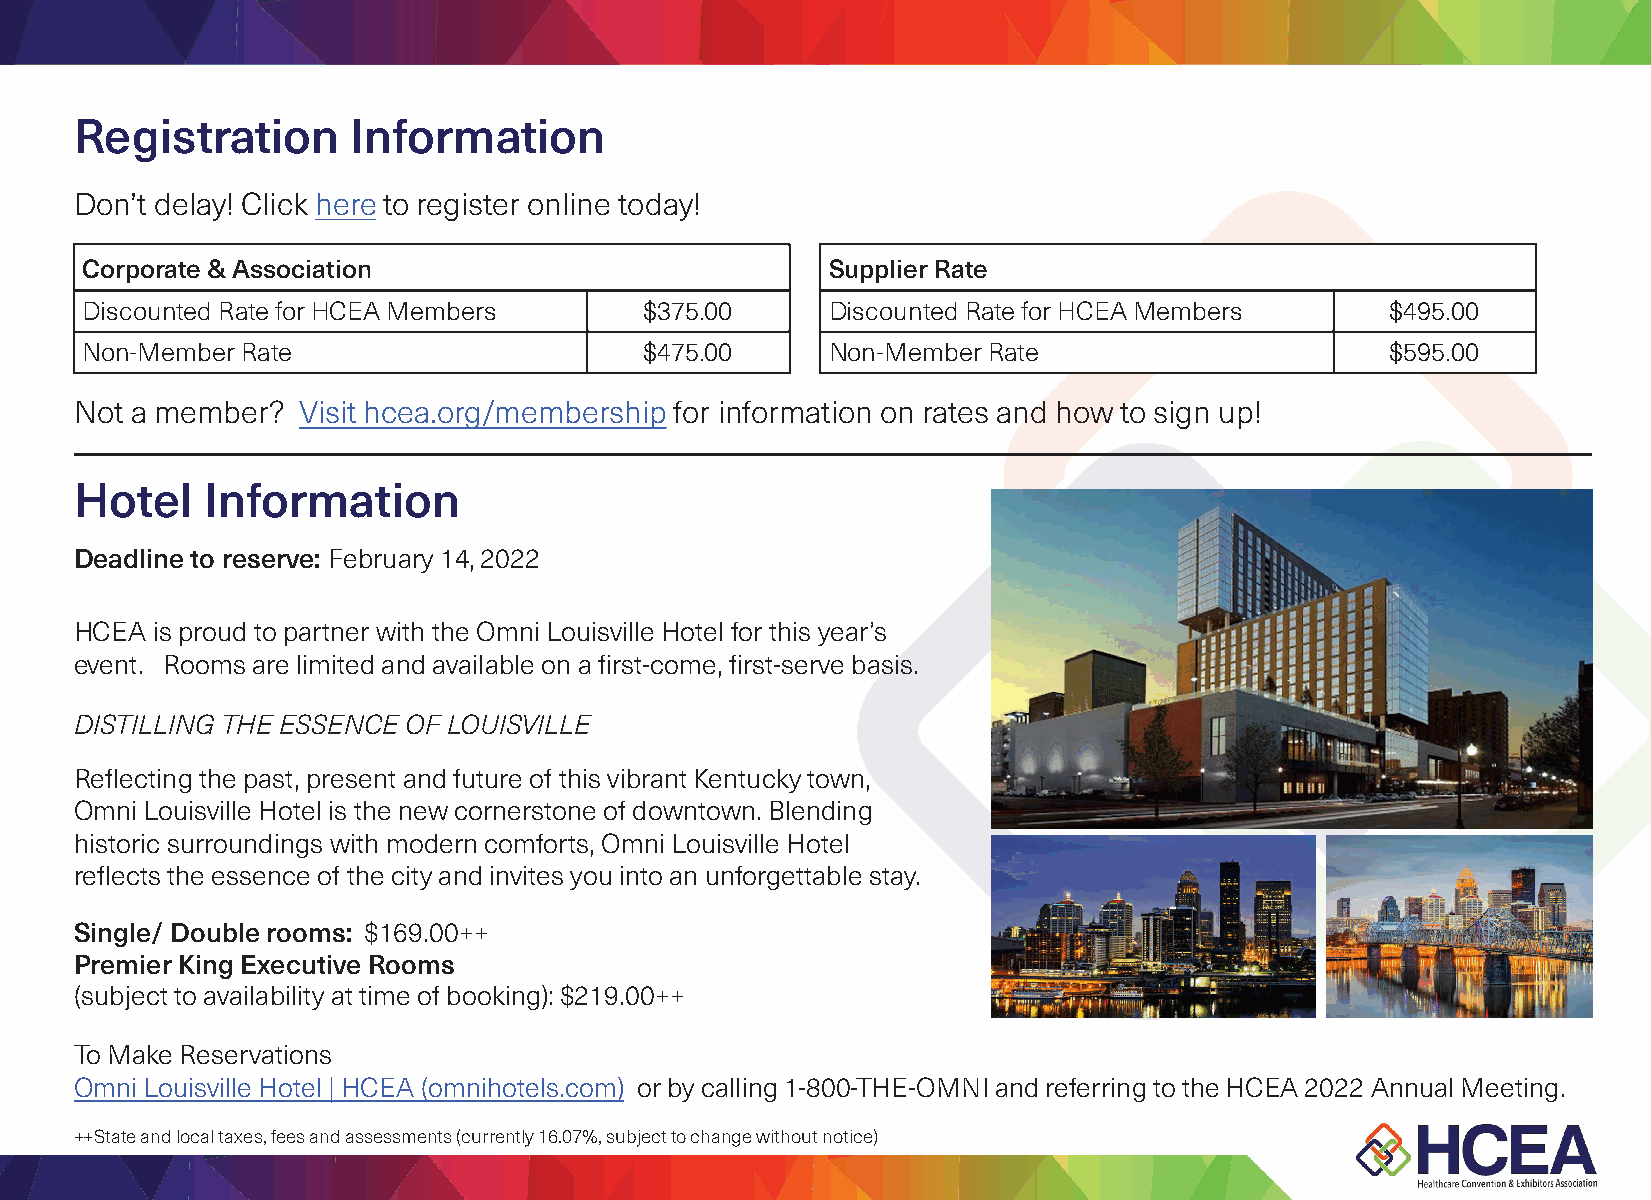
Join us at the Omni Louisville Hotel in Louisville, KY from Wednesday, January 26 through
 Friday, January 28, 2022, to reconnect in-person as HCEA continues our focus on growing
 stronger -and smarter- together.
 HCEA  is proud to be the only organization of its kind focused exclusively on the needs of the
 healthcare convention manager, the associations they partner with and the ecosystem of
 suppliers who support them. Whether you are looking to build credibility, visibility or a more
 efficient means of building professional relationships, this will be the can’t miss event of the
 year. Register today and see how HCEA is reinventing itself, and you, for the next normal.
 Registration      Information
 Don’t delay! Click here to register online today!
 Corporate & Association                           Supplier Rate
 Discounted Rate for HCEA Members      $375.00     Discounted Rate for HCEA Members     $495.00
 Non-Member Rate                       $475.00     Non-Member Rate                      $595.00
 Not a member?  Visit hcea.org/membership for information on rates and how to sign up!
 Hotel   Information
 Deadline to reserve: February 14, 2022
 HCEA is proud to partner with the Omni Louisville Hotel for this year’s
 event. Rooms are limited and available on a first-come, first-serve basis.
 DISTILLING THE ESSENCE OF LOUISVILLE
 Reflecting the past, present and future of this vibrant Kentucky town,
 Omni Louisville Hotel is the new cornerstone of downtown. Blending
 historic surroundings with modern comforts, Omni Louisville Hotel
 reflects the essence of the city and invites you into an unforgettable stay.
 Single/ Double rooms: $169.00++
 Premier King Executive Rooms
 (subject to availability at time of booking): $219.00++
 To Make Reservations
 Omni Louisville Hotel | HCEA (omnihotels.com) or by calling 1-800-THE-OMNI and referring to the HCEA 2022 Annual Meeting.
 ++State and local taxes, fees and assessments (currently 16.07%, subject to change without notice)